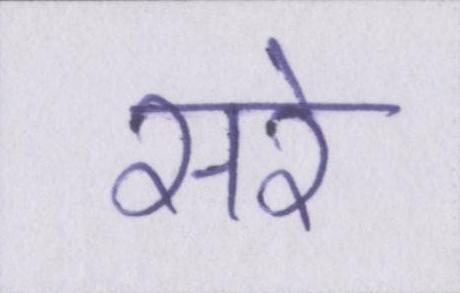
सरे